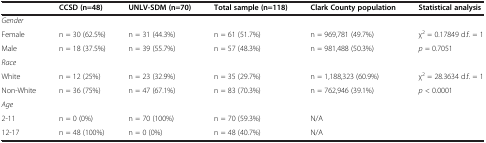
|  | CCSD (n=48) | UNLV-SDM (n=70) | Total sample (n=118) | Clark County population | Statistical analysis |
 | --- | --- | --- | --- | --- | --- |
 | <COLSPAN=6> Gender |
 | Female | n = 30 (62.5%) | n = 31 (44.3%) | n = 61 (51.7%) | n = 969,781 (49.7%) | χ2 = 0.17849 d.f. = 1 |
 | Male | n = 18 (37.5%) | n = 39 (55.7%) | n = 57 (48.3%) | n = 981,488 (50.3%) | p = 0.7051 |
 | <COLSPAN=6> Race |
 | White | n = 12 (25%) | n = 23 (32.9%) | n = 35 (29.7%) | n = 1,188,323 (60.9%) | χ2 = 28.3634 d.f. = 1 |
 | Non-White | n = 36 (75%) | n = 47 (67.1%) | n = 83 (70.3%) | n = 762,946 (39.1%) | p < 0.0001 |
 | <COLSPAN=6> Age |
 | 2-11 | n = 0 (0%) | n = 70 (100%) | n = 70 (59.3%) | N/A |  |
 | 12-17 | n = 48 (100%) | n = 0 (0%) | n = 48 (40.7%) | N/A |  |